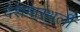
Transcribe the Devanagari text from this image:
देशनास्थली